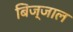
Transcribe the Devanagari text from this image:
बिज्जाल